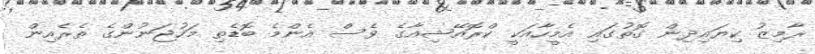
ރާމިޒު ކިޔައިދިން ގޮތުގައި އެމީހާއަކީ ކްރޮއޭޝިއާގެ ވެސް އެންމެ ބޮޑެތި މަހުޖަނުންގެ ތެރެއިން